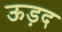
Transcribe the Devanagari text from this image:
ऊड़द